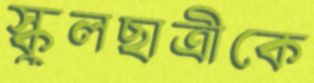
স্কুলছাত্রীকে